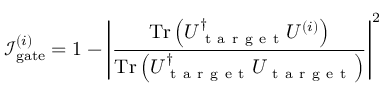
\mathcal { I } _ { \mathrm { g a t e } } ^ { ( i ) } = 1 - \left| \frac { \operatorname { T r } \left( U _ { \mathrm { ~ t ~ a ~ r ~ g ~ e ~ t ~ } } ^ { \dagger } U ^ { ( i ) } \right) } { \operatorname { T r } \left( U _ { \mathrm { ~ t ~ a ~ r ~ g ~ e ~ t ~ } } ^ { \dagger } U _ { \mathrm { ~ t ~ a ~ r ~ g ~ e ~ t ~ } } \right) } \right| ^ { 2 }